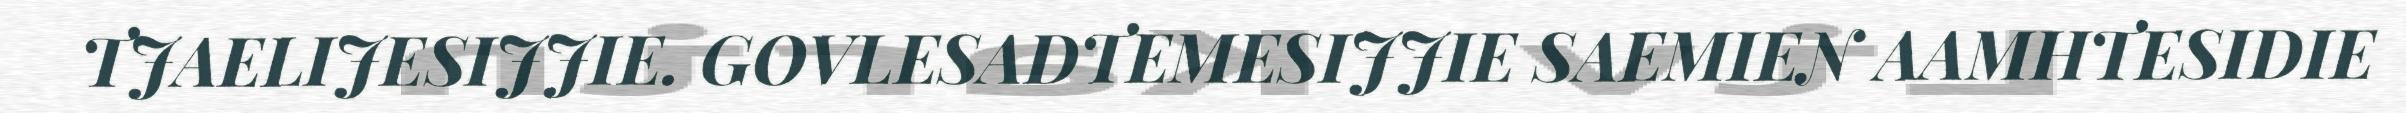
TJAELIJESIJJIE. GOVLESADTEMESIJJIE SAEMIEN AAMHTESIDIE